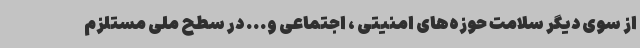
از سوی دیگر سلامت حوزه‌های امنیتی ، اجتماعی و... در سطح ملی مستلزم